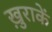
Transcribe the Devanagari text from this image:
ख़ुराकें